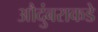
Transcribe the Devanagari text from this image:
औदुंबराकडे